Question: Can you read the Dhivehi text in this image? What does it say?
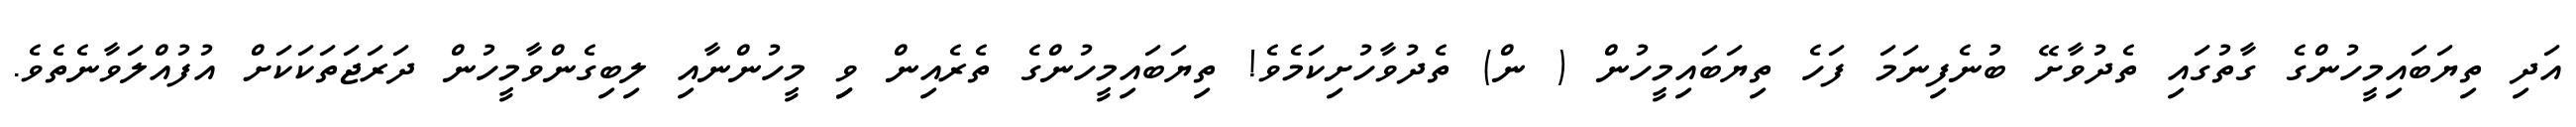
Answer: އަދި ތިޔަބައިމީހުންގެ ގާތުގައި ތެދުވާށޭ ބުނެފިނަމަ ފަހެ ތިޔަބައިމީހުން ( ން) ތެދުވާހުށިކަމެވެ! ތިޔަބައިމީހުންގެ ތެރެއިން ވިި މީހުންނާއި ލިބިގެންވާމީހުން ދަރަޖަތަކަކަށް އުފުއްލަވާނެތެވެ.